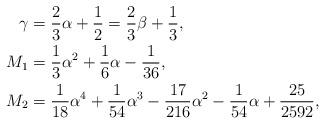
LaTeX: \begin{align*} \gamma & = \frac{2}{3}{\alpha}+\frac{1}{2} = \frac{2}{3} \beta + \frac{1}{3}, \\M_1 & = \frac{1}{3} \alpha^2 + \frac{1}{6} \alpha - \frac{1}{36}, \\M_2 & = \frac{1}{18} \alpha^4 + \frac{1}{54}\alpha^3 - \frac{17}{216} \alpha^2 - \frac{1}{54} \alpha + \frac{25}{2592},\end{align*}